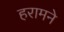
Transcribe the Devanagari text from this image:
हरामने